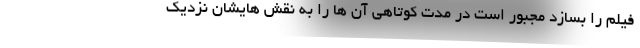
فیلم را بسازد مجبور است در مدت کوتاهی آن‌ ها را به نقش‌ هایشان نزدیک